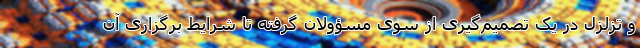
و تزلزل در یک تصمیم‌گیری از سوی مسؤولان گرفته تا شرایط برگزاری آن